Civil Veterinary Department. Central Provinces & Berar 1932-41 - 1932-1941
Year: 1932
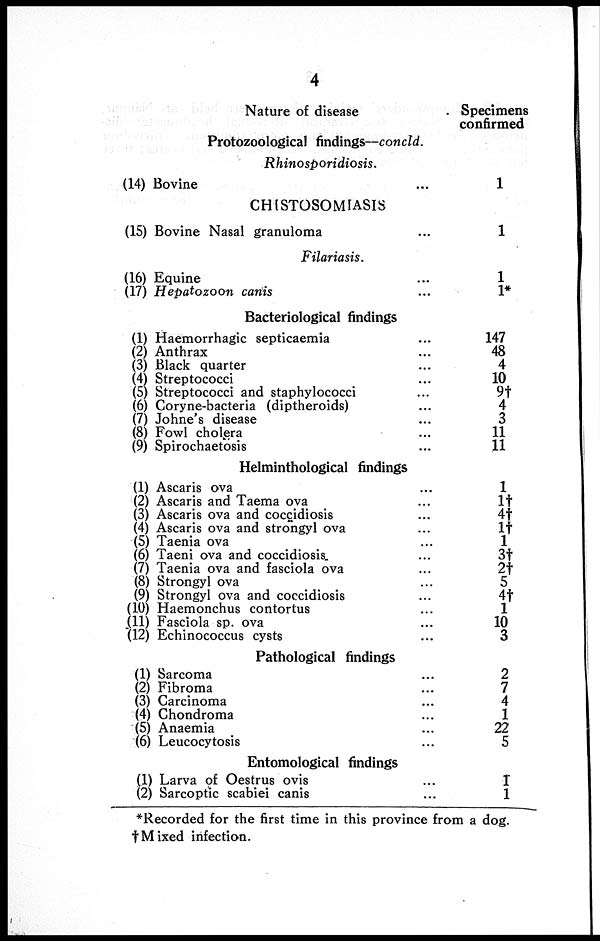
4
Nature of disease
Protozoological findings—concld.
Rhinosporidiosis. ...
(14) Bovine ...
CHISTOSOMIASIS ...
(15) Bovine Nasal granuloma ...
Filariasis. ...
(16) Equine ...
(17) Hepatozoon canis ...
Bacteriological findings
(1) Haemorrhagic septicaemia ...
(2) Anthrax ...
(3) Black quarter ...
(4) Streptococci ...
(5) Streptococci and staphylococci ...
(6) Coryne-bacteria (diptheroids) ...
(7) Johne's disease ...
(8) Fowl cholera ...
(9) Spirochaetosis ...
Helminthological findings
(1) Ascaris ova ...
(2) Ascaris and Taema ova ...
(3) Ascaris ova and coccidiosis ...
(4) Ascaris ova and strongyl ova ...
(5) Taenia ova ...
(6) Taeni ova and coccidiosis ...
(7) Taenia ova and fasciola ova ...
(8) Strongyl ova ...
(9) Strongyl ova and coccidiosis ...
(10) Haemonchus contortus ...
(11) Fasciola sp. ova ...
(12) Echinococcus cysts ...
Pathological findings
(1) Sarcoma ...
(2) Fibroma ...
(3) Carcinoma ...
(4) Chondroma ...
(5) Anaemia ...
(6) Leucocytosis ...
Entomological findings
(1) Larva of Oestrus ovis ...
(2) Sarcoptic scabiei canis ...
Specimens
confirmed
1
1
1
1*
147
48
4
10
9†
4
3
11
11
1
1†
4†
1†
1
3†
2†
5
4†
1
10
3
2
7
4
1
22
5
1
1
*Recorded for the first time in this province from a dog.
†Mixed infection.